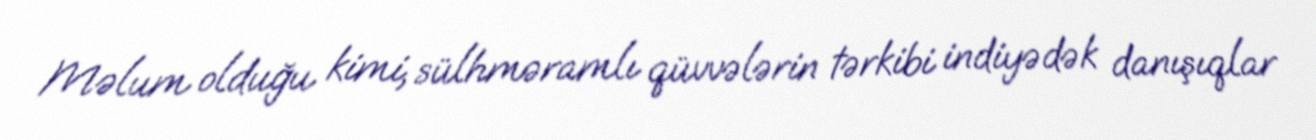
Məlum olduğu kimi, sülhməramlı qüvvələrin tərkibi indiyədək danışıqlar